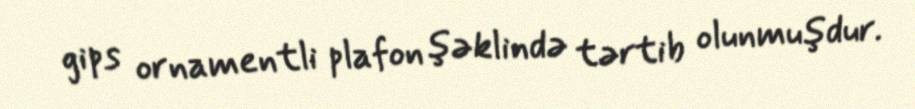
gips ornamentli plafon şəklində tərtib olunmuşdur.